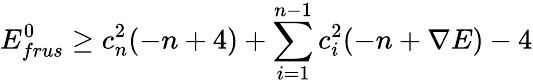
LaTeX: E_{frus}^{0}\geq c_{n}^{2}(-n+4)+\sum_{i=1}^{n-1}c_{i}^{2}(-n+\nabla E)-4